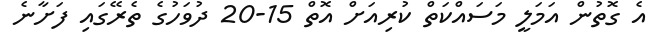
އެ ގޮތުން އަމަލީ މަސައްކަތް ކުރިއަށް އޮތް 15-20 ދުވަހުގެ ތެރޭގައި ފަށާނެ